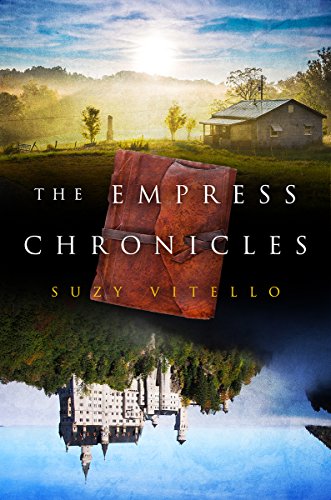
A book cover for The Empress Chronicles; Suzy Vitello; Teen & Young Adult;